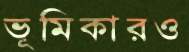
ভূমিকারও